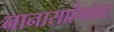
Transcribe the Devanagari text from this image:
नानासाहेबांवर